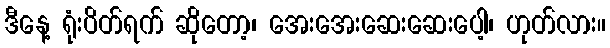
ဒီနေ့ ရုံးပိတ်ရက် ဆိုတော့၊ အေးအေးဆေးဆေးပေါ့၊ ဟုတ်လား။